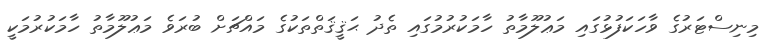
މިނިސްޓަރުގެ ވާހަކަފުޅުގައި މަޢުލޫމާތު ހާމަކުރުމުގައި ތެދު ޙަޤީޤަތްތަކުގެ މައްޗަށް ބުރަވެ މަޢުލޫމާތު ހާމަކުރުމަކީ